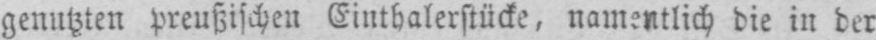
genutzten preußischen Einthalerstücke, namentlich die in der